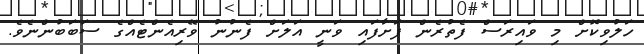
ހަލުވިކޮށް މި ވައިރަސް ފެތުރެން ފަށާފައި ވަނީ އަލަށް ފެނުނު ވޭރިއެންޓެއްގެ ސަބަބުންނެވެ.